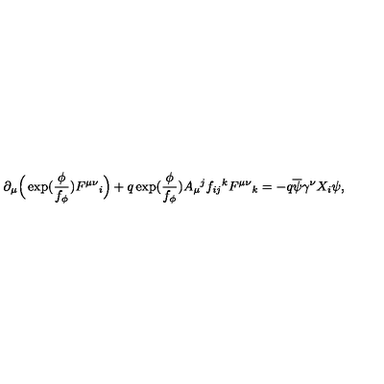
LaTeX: \partial _ { \mu } \Big ( \exp ( \frac { \phi } { f _ { \phi } } ) F ^ { \mu \nu } { } _ { i } \Big ) + q \exp ( \frac { \phi } { f _ { \phi } } ) A _ { \mu } { } ^ { j } f _ { i j } { } ^ { k } F ^ { \mu \nu } { } _ { k } = - q \overline { { \psi } } \gamma ^ { \nu } X _ { i } \psi ,